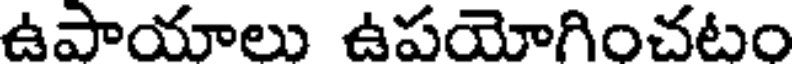
ఉపాయాలు ఉపయోగించటం